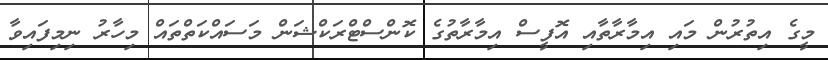
މީގެ އިތުރުން މައި އިމާރާތާއި އޮފީސް އިމާރާތުގެ ކޮންސްޓްރަކްޝަން މަސައްކަތްތައް މިހާރު ނިމިފައިވާ